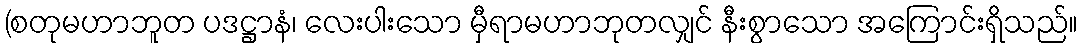
(စတုမဟာဘူတ ပဒဋ္ဌာနံ၊ လေးပါးသော မှီရာမဟာဘုတလျှင် နီးစွာသော အကြောင်းရှိသည်။